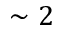
\sim 2